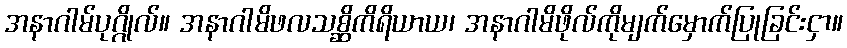
အနာဂါမ်ပုဂ္ဂိုလ်။ အနာဂါမိဖလသစ္ဆိကိရိယာယ၊ အနာဂါမိဖိုလ်ကိုမျက်မှောက်ပြုခြင်းငှာ။